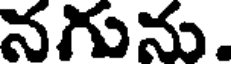
నగును.